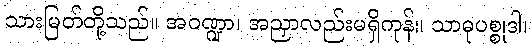
သားမြတ်တို့သည်။ အဝဏ္ဍာ၊ အညှာလည်းမရှိကုန်။ သာဓုပစ္စုဒါ၊